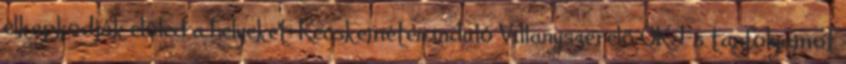
elkapkodják előled a helyeket: Kecskeméten induló Villanyszerelő OKJ-s tanfolyamot